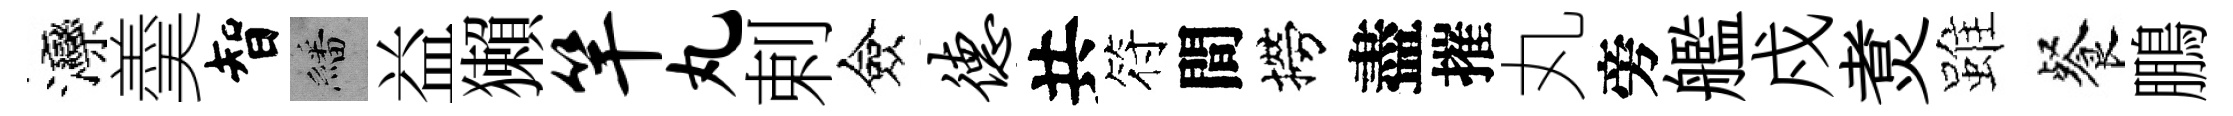
灤羮智繙益獺竿丸剌僉德共符間撈盡摧丸旁艦戍煑雖餐鵬